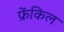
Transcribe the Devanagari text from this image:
फ्रेंकिल